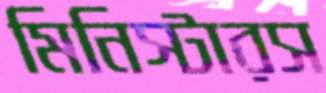
মিনিস্টারস